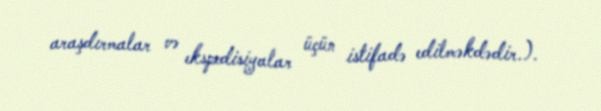
araşdırmalar və ekspedisiyalar üçün istifadə edilməkdədir.).